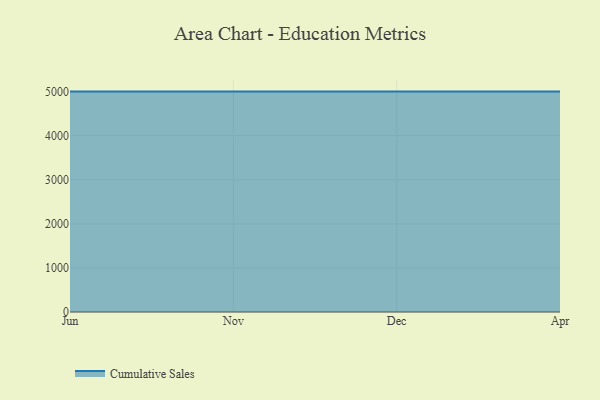
{"axis": {"x": "Month", "y": "Temperature (°C)"}, "legend": ["Cumulative Sales"], "data": [{"x": "Jun", "y": 5000, "type": "Cumulative Sales"}, {"x": "Nov", "y": 5000, "type": "Cumulative Sales"}, {"x": "Dec", "y": 5000, "type": "Cumulative Sales"}, {"x": "Apr", "y": 5000, "type": "Cumulative Sales"}]}